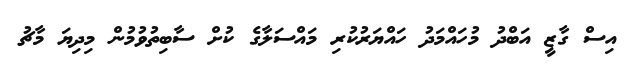
އިސް ގާޒީ އަބްދު މުހައްމަދު ހައްޔަރުކުރި މައްސަލާގެ ކުށް ސާބިތުވުމުން މިދިޔަ މާޗު